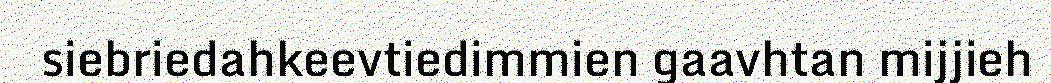
siebriedahkeevtiedimmien gaavhtan mijjieh